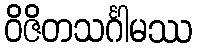
ဝိဇိတသင်္ဂါမဿ